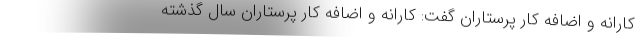
کارانه و اضافه کار پرستاران گفت: کارانه و اضافه کار پرستاران سال گذشته